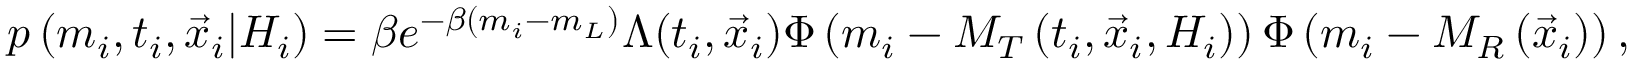
p \left( m _ { i } , t _ { i } , \vec { x } _ { i } \vert { \cal H } _ { i } \right) = \beta e ^ { - \beta ( m _ { i } - m _ { L } ) } \Lambda ( t _ { i } , \vec { x } _ { i } ) \Phi \left( m _ { i } - M _ { T } \left( t _ { i } , \vec { x } _ { i } , { \cal H } _ { i } \right) \right) \Phi \left( m _ { i } - M _ { R } \left( \vec { x } _ { i } \right) \right) ,